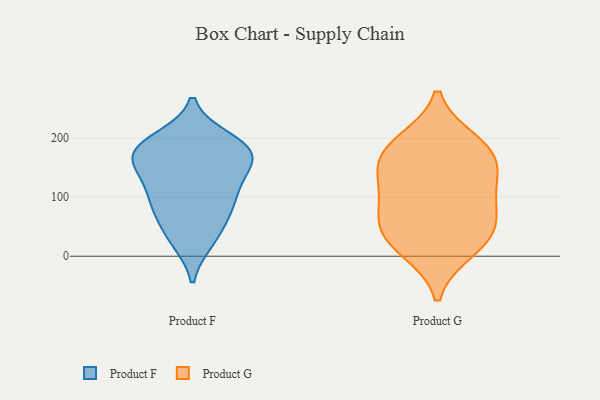
{"axis": {"x": "Temperature (°C)", "y": "Value"}, "legend": ["Product F", "Product G"], "data": [{"x": "", "y": 199, "type": "Product F"}, {"x": "", "y": 112, "type": "Product F"}, {"x": "", "y": 89, "type": "Product F"}, {"x": "", "y": 91, "type": "Product F"}, {"x": "", "y": 125, "type": "Product F"}, {"x": "", "y": 181, "type": "Product F"}, {"x": "", "y": 138, "type": "Product F"}, {"x": "", "y": 172, "type": "Product F"}, {"x": "", "y": 194, "type": "Product F"}, {"x": "", "y": 169, "type": "Product F"}, {"x": "", "y": 77, "type": "Product F"}, {"x": "", "y": 165, "type": "Product F"}, {"x": "", "y": 158, "type": "Product F"}, {"x": "", "y": 27, "type": "Product F"}, {"x": "", "y": 58, "type": "Product F"}, {"x": "", "y": 25, "type": "Product F"}, {"x": "", "y": 186, "type": "Product F"}, {"x": "", "y": 78, "type": "Product G"}, {"x": "", "y": 57, "type": "Product G"}, {"x": "", "y": 45, "type": "Product G"}, {"x": "", "y": 179, "type": "Product G"}, {"x": "", "y": 193, "type": "Product G"}, {"x": "", "y": 24, "type": "Product G"}, {"x": "", "y": 125, "type": "Product G"}, {"x": "", "y": 111, "type": "Product G"}, {"x": "", "y": 176, "type": "Product G"}, {"x": "", "y": 11, "type": "Product G"}, {"x": "", "y": 151, "type": "Product G"}]}